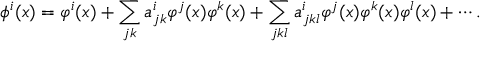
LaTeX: \phi ^ { i } ( x ) = \varphi ^ { i } ( x ) + \sum _ { j k } a _ { j k } ^ { i } \varphi ^ { j } ( x ) \varphi ^ { k } ( x ) + \sum _ { j k l } a _ { j k l } ^ { i } \varphi ^ { j } ( x ) \varphi ^ { k } ( x ) \varphi ^ { l } ( x ) + \cdots .